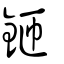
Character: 鉔